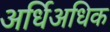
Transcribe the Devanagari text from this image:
अर्धिअधिक